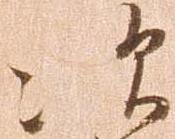
次